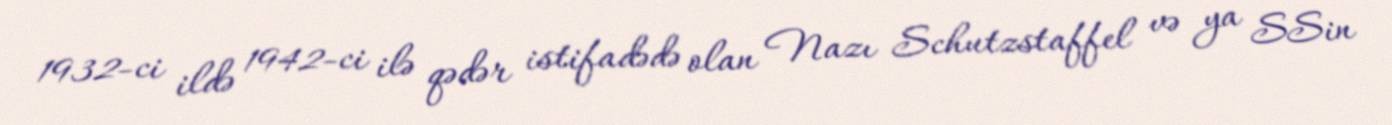
1932-ci ildə 1942-ci ilə qədər istifadədə olan Nazı Schutzstaffel və ya SSin